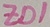
Text: ZD1